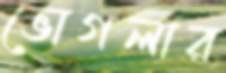
ভোগলার